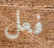
فعل